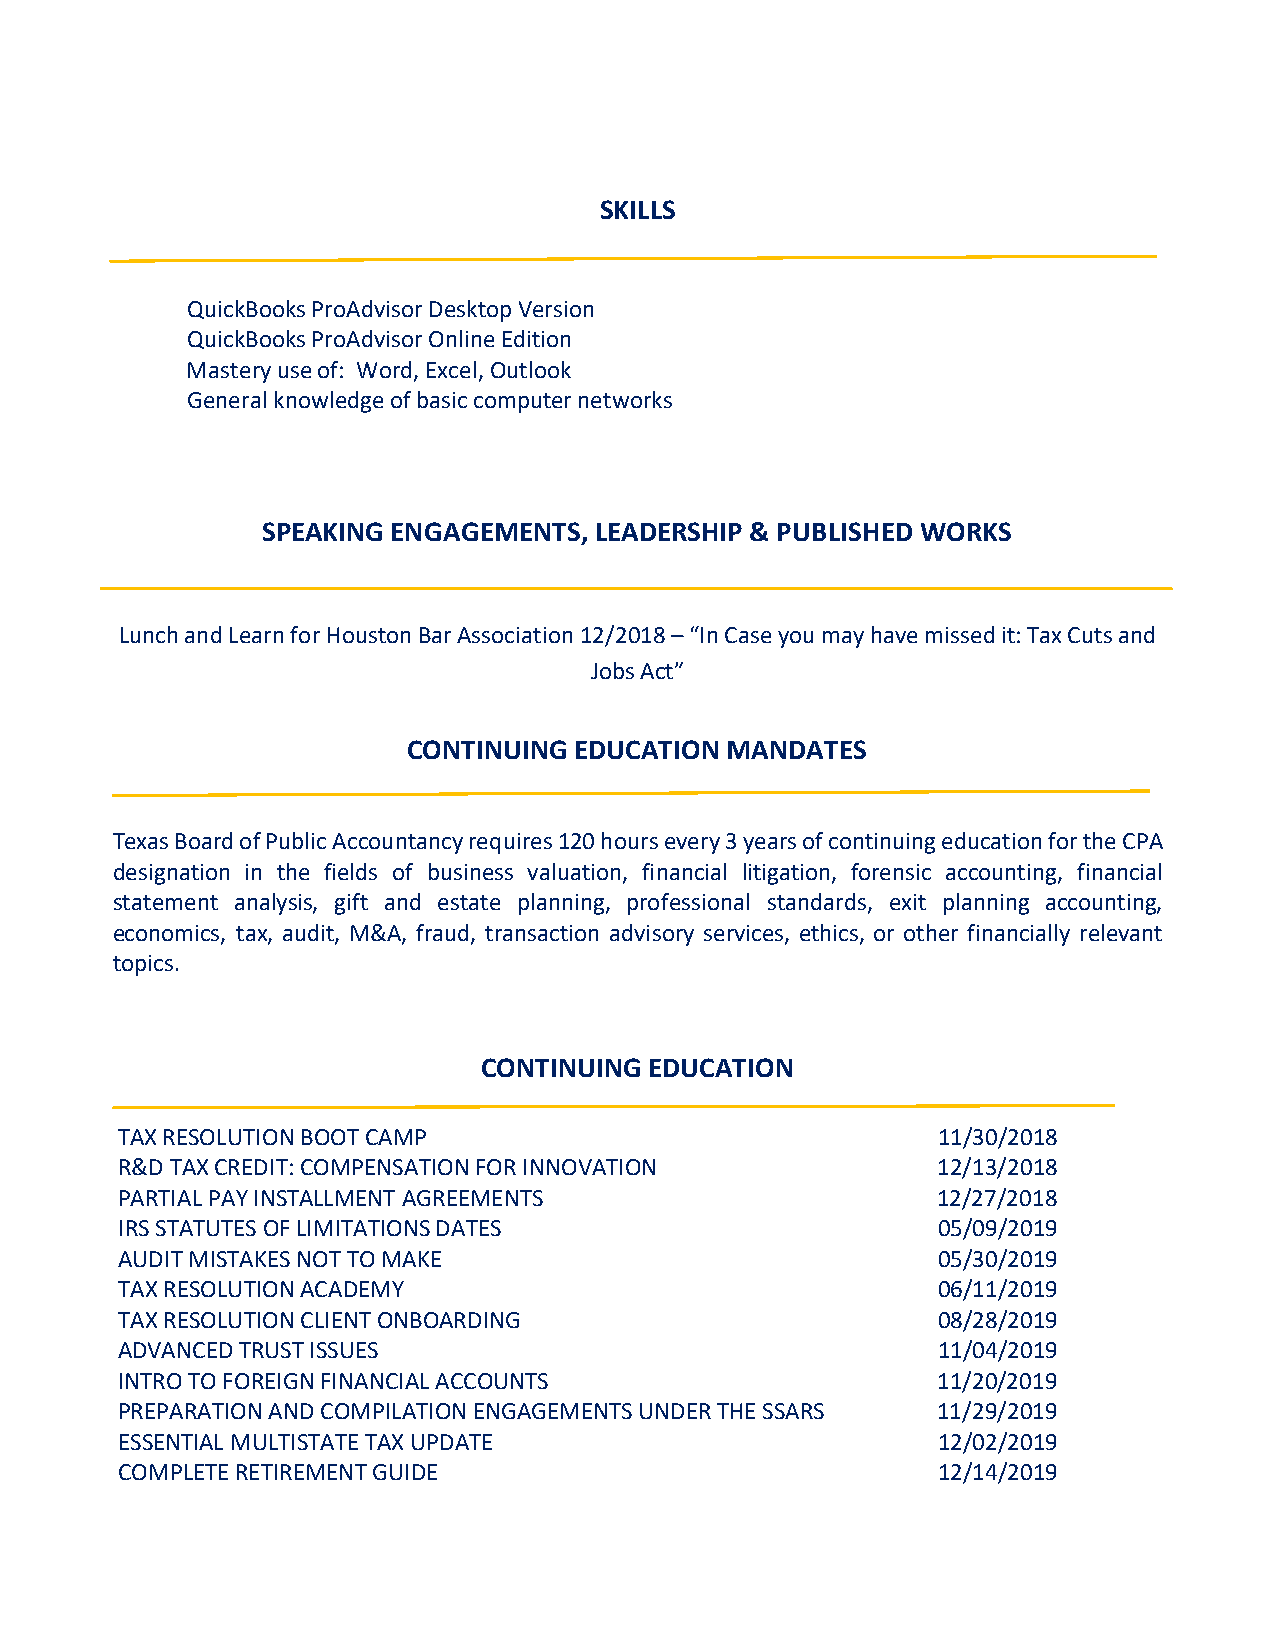
SKILLS
 QuickBooks ProAdvisor Desktop Version
 QuickBooks ProAdvisor Online Edition
 Mastery use of: Word, Excel, Outlook
 General knowledge of basic computer networks
 SPEAKING ENGAGEMENTS, LEADERSHIP & PUBLISHED WORKS
 Lunch and Learn for Houston Bar Association 12/2018 – “In Case you may have missed it: Tax Cuts and
 Jobs Act”
 CONTINUING EDUCATION MANDATES
 Texas Board of Public Accountancy requires 120 hours every 3 years of continuing education for the CPA
 designation in the fields of business valuation, financial litigation, forensic accounting, financial
 statement analysis, gift and estate planning, professional standards, exit planning accounting,
 economics, tax, audit, M&A, fraud, transaction advisory services, ethics, or other financially relevant
 topics.
 CONTINUING EDUCATION
 TAX RESOLUTION BOOT CAMP                              11/30/2018
 R&D TAX CREDIT: COMPENSATION FOR INNOVATION           12/13/2018
 PARTIAL PAY INSTALLMENT AGREEMENTS                    12/27/2018
 IRS STATUTES OF LIMITATIONS DATES                     05/09/2019
 AUDIT MISTAKES NOT TO MAKE                            05/30/2019
 TAX RESOLUTION ACADEMY                                06/11/2019
 TAX RESOLUTION CLIENT ONBOARDING                      08/28/2019
 ADVANCED TRUST ISSUES                                 11/04/2019
 INTRO TO FOREIGN FINANCIAL ACCOUNTS                   11/20/2019
 PREPARATION AND COMPILATION ENGAGEMENTS UNDER THE SSARS 11/29/2019
 ESSENTIAL MULTISTATE TAX UPDATE                       12/02/2019
 COMPLETE RETIREMENT GUIDE                             12/14/2019